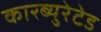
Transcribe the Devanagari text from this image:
कारब्युरेटेड